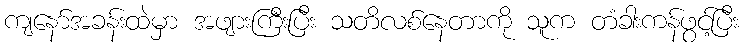
ကျနော်အခန်းထဲမှာ အဖျားကြီးပြီး သတိလစ်နေတာကို သူက တံခါးကန်ဖွင့်ပြီး